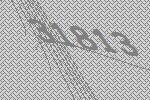
31813